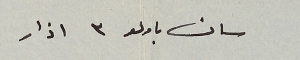
سان باولو ٣ اذار